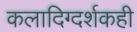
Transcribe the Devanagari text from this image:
कलादिग्दर्शकही